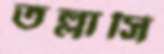
তল্লাসি